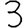
Digit: 3